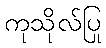
ကုသိုလ်ပြု